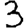
Digit: 3